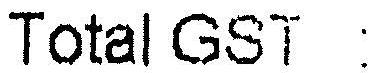
TOTAL GST :